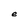
Character: e